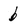
Character: b